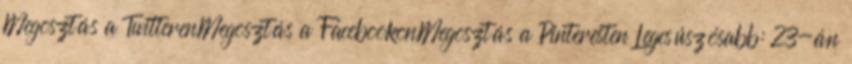
Megosztás a TwitterenMegosztás a FacebookonMegosztás a Pinteresten Legcsúszósabb: 23-án